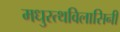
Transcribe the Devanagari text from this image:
मधुरत्थविलासिनी